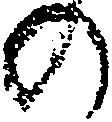
の